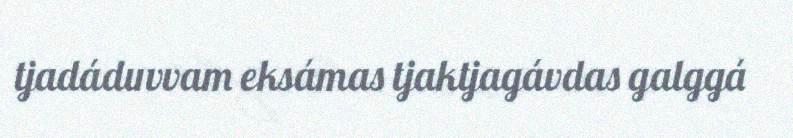
tjadáduvvam eksámas tjaktjagávdas galggá